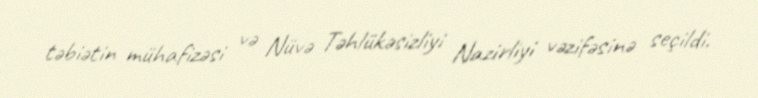
təbiətin mühafizəsi və Nüvə Təhlükəsizliyi Nazirliyi vəzifəsinə seçildi.